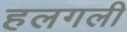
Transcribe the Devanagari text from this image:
हलगली